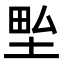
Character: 𭎢